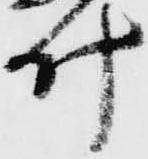
叶